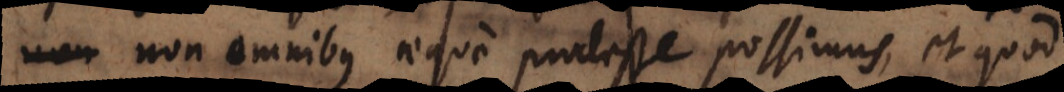
non omnibus aeque prodesse possimus, et quod